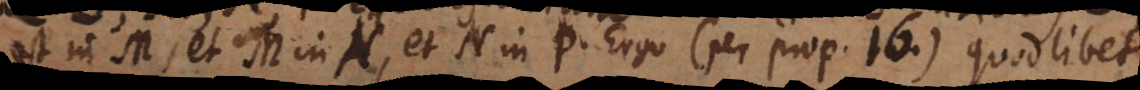
est in M, et M in N, et N in P. Ergo (per prop. 16) quodlibet